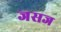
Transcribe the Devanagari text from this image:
जसज